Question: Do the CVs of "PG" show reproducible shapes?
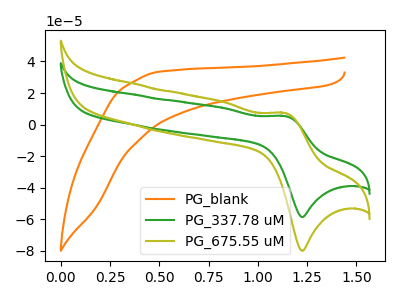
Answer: <think>The orange curve "PG_blank" has no peaks. The green curve "PG_337.78 uM" has an anodic peak at (1.15V, 5.35uA) and a cathodic peak at (1.25V, -58.60uA). The olive curve "PG_675.55 uM" has an anodic peak at (1.15V, 7.30uA) and a cathodic peak at (1.25V, -79.95uA).
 "PG_blank" and "PG_337.78 uM" have a different number of peaks. "PG_blank" and "PG_675.55 uM" have a different number of peaks. All the peaks in "PG_337.78 uM" have a peak in "PG_675.55 uM" at the same potential. Every peak in "PG_337.78 uM" is lower than every peak in "PG_675.55 uM".</think>
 <answer>All the CV's of "PG" have similar shape.</answer>
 <eval>follow_rule</eval>